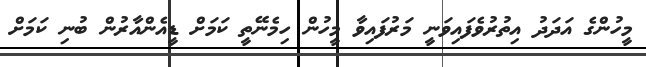
މީހުންގެ އަދަދު އިތުރުވެފައިވަނީ މަރުފައިވާ މީހުން ހިމެނޭތީ ކަމަށް ޑީއެންއާރުން ބުނި ކަމަށް